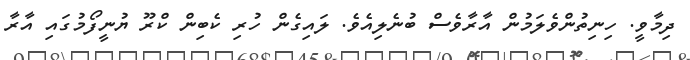
ދިމާވީ. ހިނިތުންވެލަމުން އާރާވެސް ބުނެލިއެވެ. ލައިގެން ހުރި ކެބިން ކްރޫ ޔުނީފޯމުގައި އާރާ